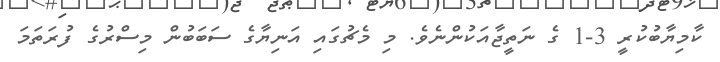
ކާމިޔާބުކުރީ 3-1 ގެ ނަތީޖާއަކުންނެވެ. މި މެޗުގައި އަނިޔާގެ ސަބަބުން މިސްރުގެ ފުރަތަމަ